Riigikantselei, lk 51
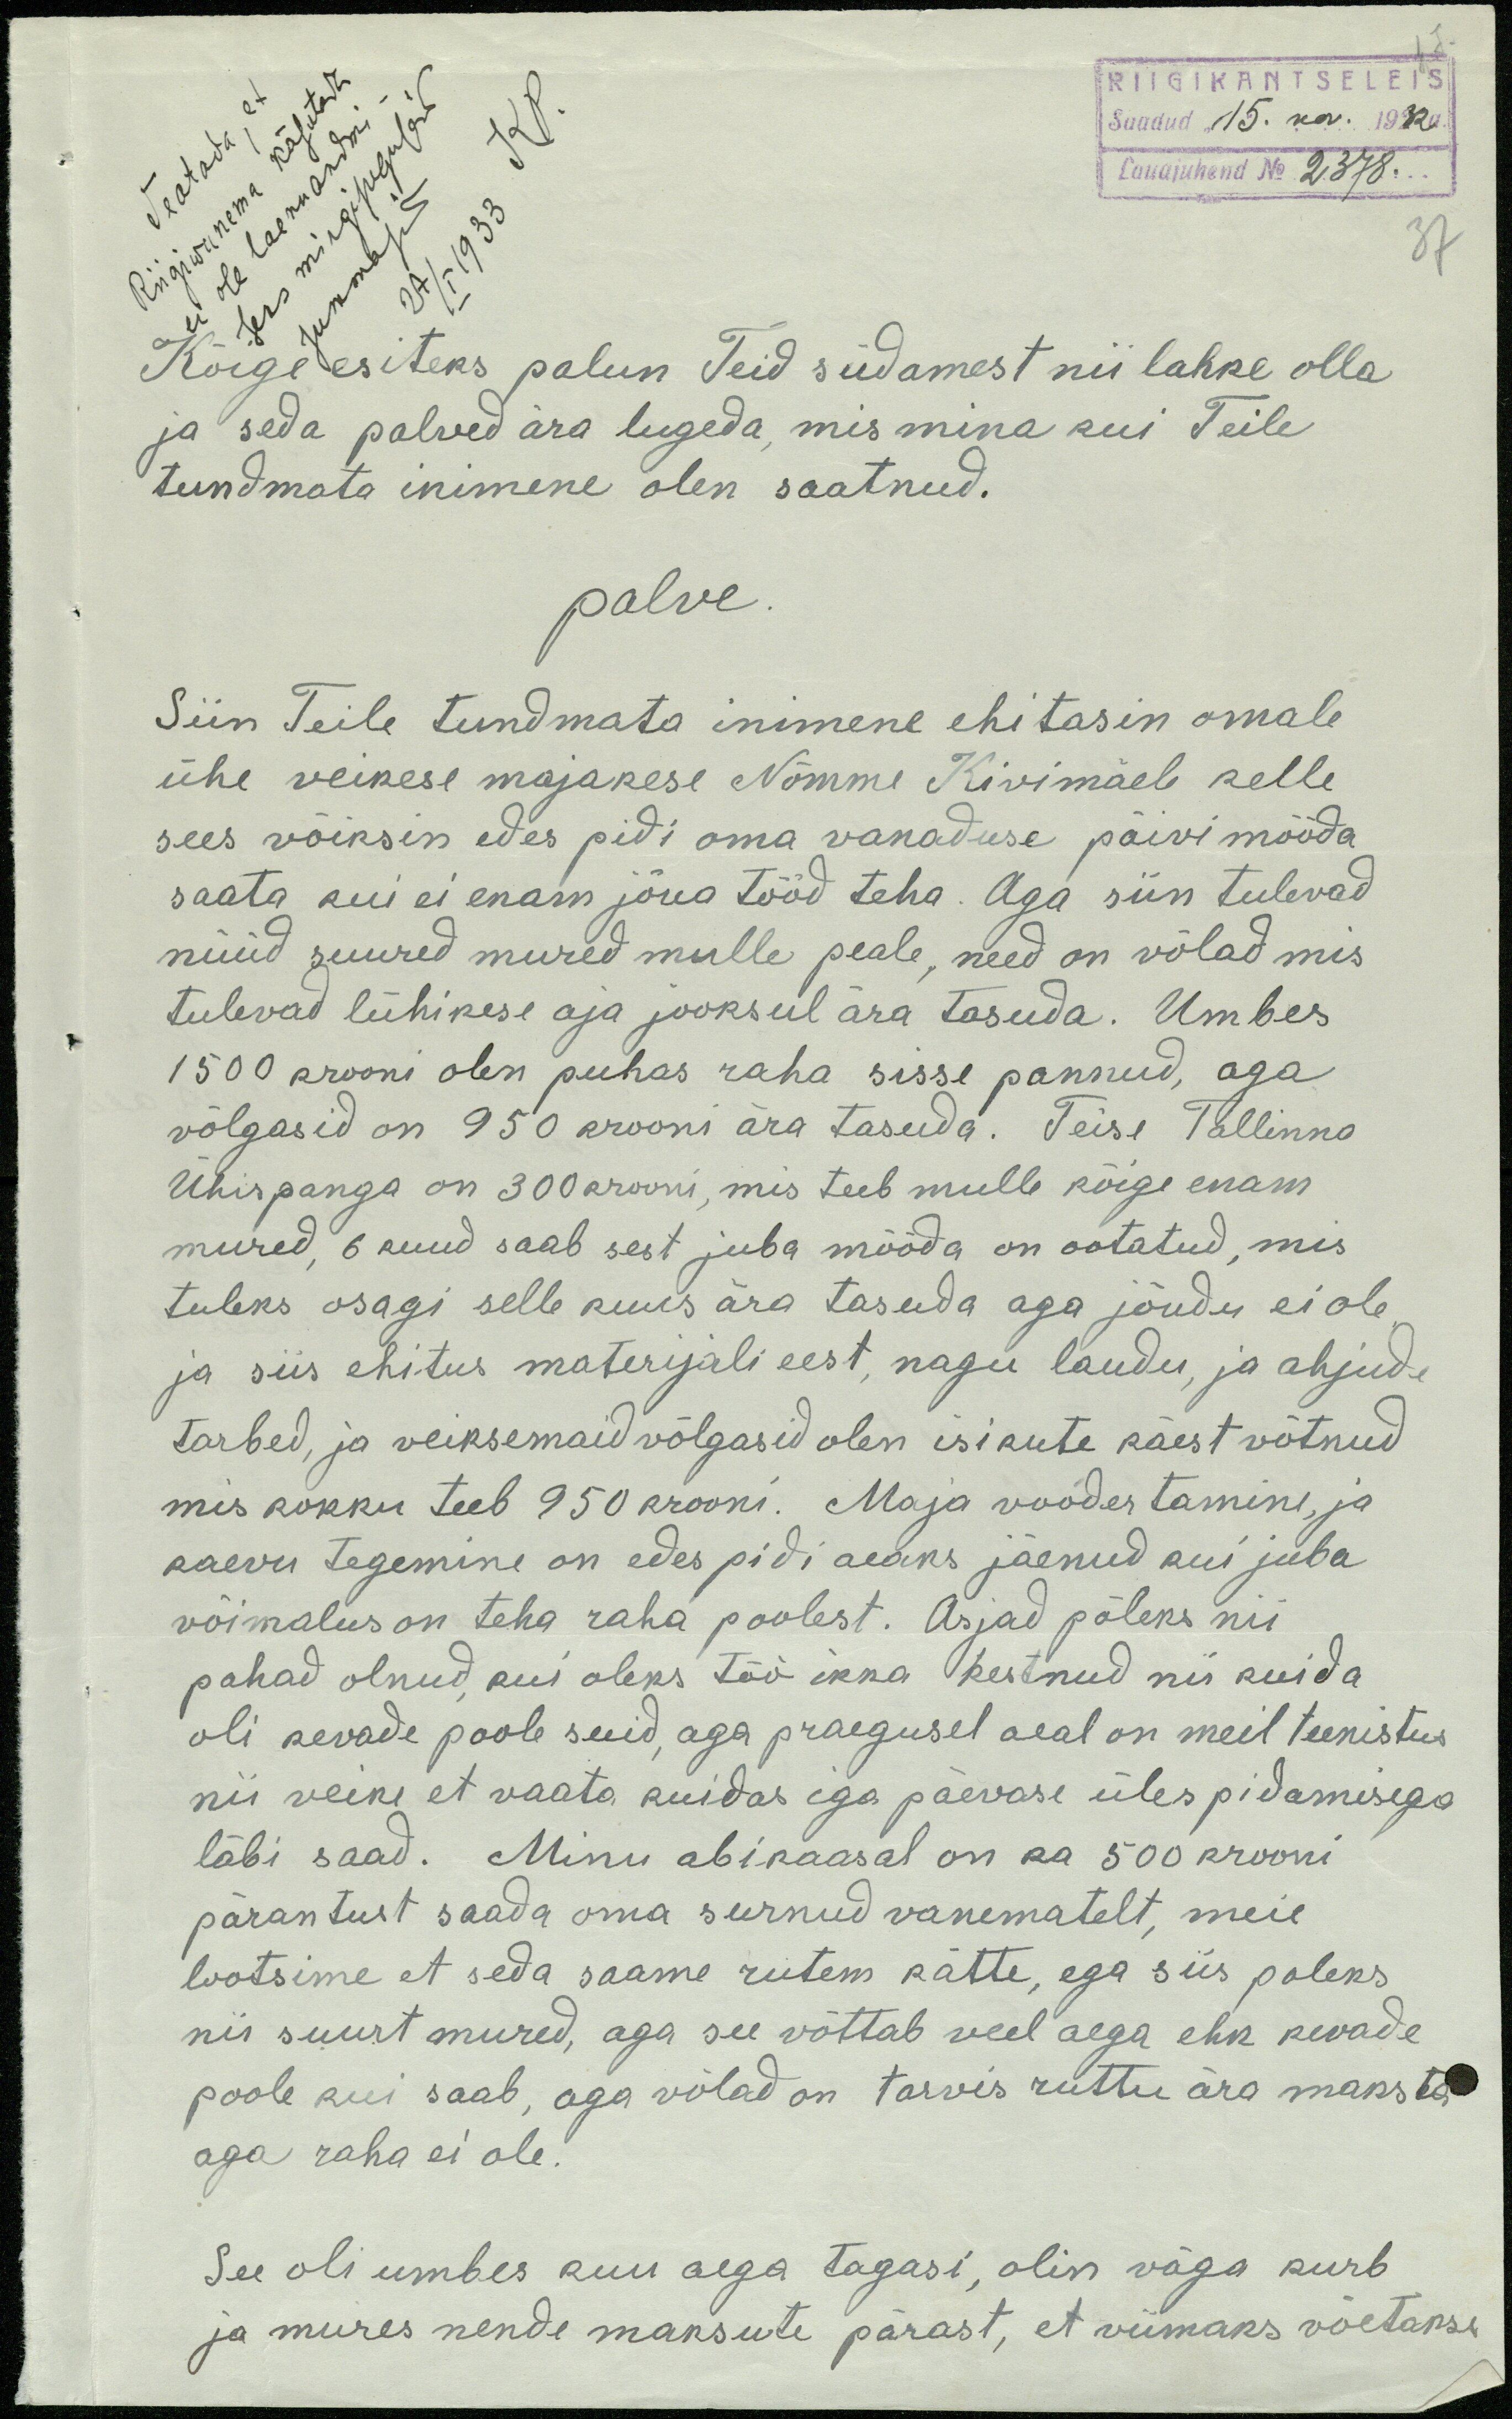
RIIGIKANTSELEIS
Saadud "15. nov. 1932a.
KP.
Lauajuhend No 2378.
Teatada, et
Riigivanema käsutada
ei ole laenuandmi-
seks mingisuguseid
37
summasid
Kõige esiteks palun Teid südamest nii lahke olla
ja seda palved ära lugeda, mis mina kui Teile
tundmata inimene olen saatnud.
palve.
Siin Teile tundmata inimene ehitasin omale
ühe veikese majakese Nõmme Kivimäele selle
sees võiksin edes pidi oma vanaduse päivi mööda
saata kui ei enam jõua tööd teha. Aga siin tulevad
nüüd suured mured mulle peale, need on võlad mis
tulevad lühikese aja jooksul ära tasuda. Umbes
1500 krooni olen puhas raha sisse pannud, aga
võlgasid on 950 krooni ära tasuda. Teise Tallinna
Ühispanga on 300 krooni, mis teeb mulle kõige enam
mured, 6 kuud saab sest juba mööda on ootatud, mis
tuleks osagi selle kuus ära tasuda aga jõudu ei ole
ja siis ehitus materijali eest, nagu laudu, ja ahjude
tarbed, ja veiksemaid võlgasid olen isikute käest võtnud
mis kokku teeb 950 krooni. Maja voode tamine, ja
kaevu tegemine on edes pidi aeaks jäenud kui juba
võimalus on teha raha poolest. Asjad põleks nii
pahad olnud kui oleks töö ikka kestnud nii kuida
oli kevade poole suid, aga praegusel aeal on meil teenistus
nii veike et vaata kuidas iga päevase üles pidamisega
läbi saad. Minu abikaasal on ka 500 krooni
pärantust saada oma surnud vanematelt, meie
lootsime et seda saame rutem kätte, ega siis poleks
nii suurt mured, aga see võttab veel aega ehk kevade
poole kui saab, aga võlad on tarvis ruttu ära maksta
aga raha ei ole.
See oli umbes kuu aega tagasi, olin väga kurb
ja mures nende maksute pärast, et viimaks võetakse